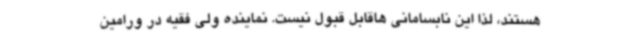
هستند، لذا این نابسامانی هاقابل قبول نیست. نماینده ولی فقیه در ورامین